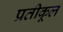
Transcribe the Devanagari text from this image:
प्रतीकूल